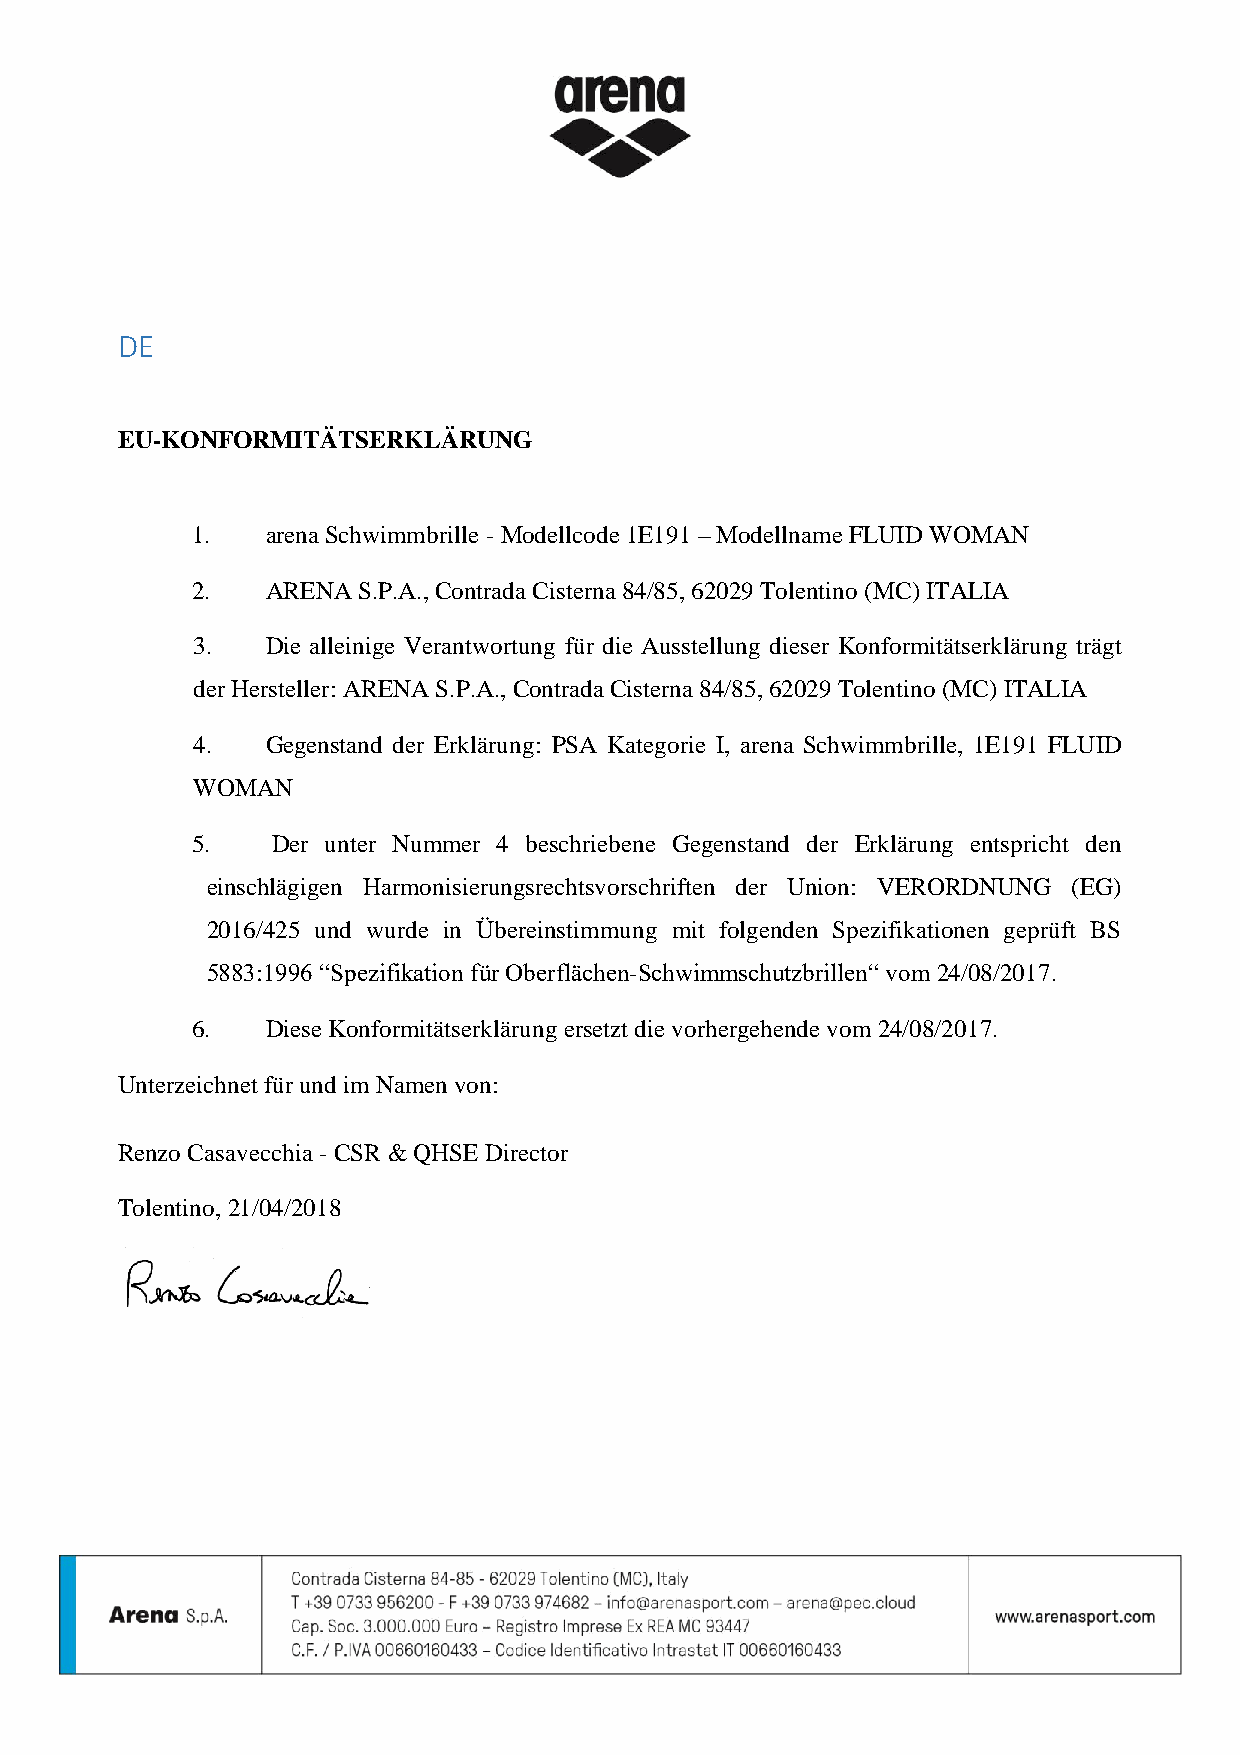
DE
 EU-KONFORMITÄTSERKLÄRUNG
 1.   arena Schwimmbrille - Modellcode 1E191 – Modellname FLUID WOMAN
 2.   ARENA S.P.A., Contrada Cisterna 84/85, 62029 Tolentino (MC) ITALIA
 3.   Die alleinige Verantwortung für die Ausstellung dieser Konformitätserklärung trägt
 der Hersteller: ARENA S.P.A., Contrada Cisterna 84/85, 62029 Tolentino (MC) ITALIA
 4.   Gegenstand der Erklärung: PSA Kategorie I, arena Schwimmbrille, 1E191 FLUID
 WOMAN
 5.   Der unter Nummer 4 beschriebene Gegenstand der Erklärung entspricht den
 einschlägigen Harmonisierungsrechtsvorschriften der Union: VERORDNUNG (EG)
 2016/425 und wurde in Übereinstimmung mit folgenden Spezifikationen geprüft BS
 5883:1996 “Spezifikation für Oberflächen-Schwimmschutzbrillen“ vom 24/08/2017.
 6.   Diese Konformitätserklärung ersetzt die vorhergehende vom 24/08/2017.
 Unterzeichnet für und im Namen von:
 Renzo Casavecchia - CSR & QHSE Director
 Tolentino, 21/04/2018